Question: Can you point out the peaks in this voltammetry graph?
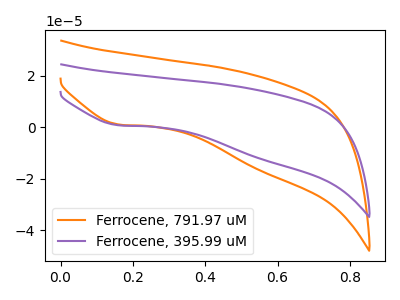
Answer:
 <answer>The orange curve "Ferrocene, 791.97 uM" has a cathodic peak at: (0.15V, 1.05uA). The purple curve "Ferrocene, 395.99 uM" has a cathodic peak at: (0.15V, 0.75uA).</answer>
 <eval></eval>